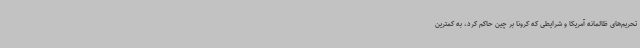
تحریم‌های ظالمانه آمریکا و شرایطی که کرونا بر چین حاکم کرد، به کمترین